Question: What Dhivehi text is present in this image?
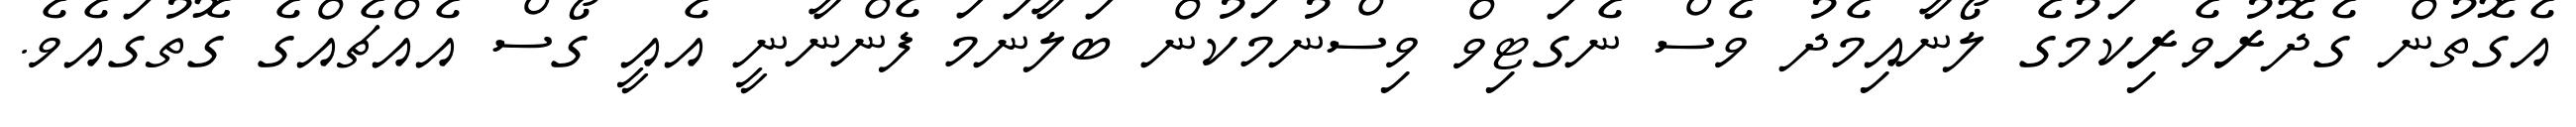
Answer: އެގޮތުން ގެދޮރުވެރިކަމުގެ ލޯނާއިމެދު ވެސް ނެގަޓިވް ވިސްނުމަކުން ބަލާނަމަ ފެންނާނީ އެއީ ގޯސް އެއްޗެއްގެ ގޮތުގައެވެ.